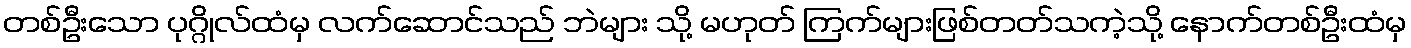
တစ်ဦးသော ပုဂ္ဂိုလ်ထံမှ လက်ဆောင်သည် ဘဲများ သို့ မဟုတ် ကြက်များဖြစ်တတ်သကဲ့သို့ နောက်တစ်ဦးထံမှ